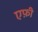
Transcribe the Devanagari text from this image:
एफ़ी